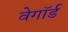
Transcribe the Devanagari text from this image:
वेगॉर्ड